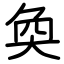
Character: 奐